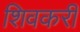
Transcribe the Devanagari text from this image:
शिवकरी